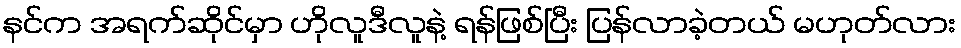
နင်က အရက်ဆိုင်မှာ ဟိုလူဒီလူနဲ့ ရန်ဖြစ်ပြီး ပြန်လာခဲ့တယ် မဟုတ်လား